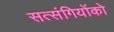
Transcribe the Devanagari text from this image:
सत्‍संगियोंको